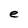
Character: e